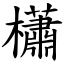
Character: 櫹